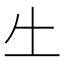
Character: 𠂒